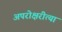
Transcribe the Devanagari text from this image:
अपरोक्षरीत्या